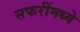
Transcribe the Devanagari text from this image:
सफरींमध्ये